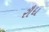
રૌધ